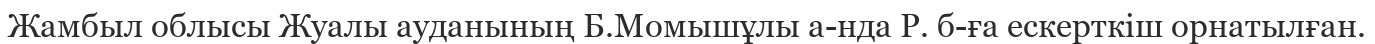
Жамбыл облысы Жуалы ауданының Б.Момышұлы а-нда Р. б-ға ескерткіш орнатылған.